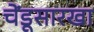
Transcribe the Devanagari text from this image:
चेंडूसारखा